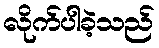
လိုက်ပါခဲ့သည်